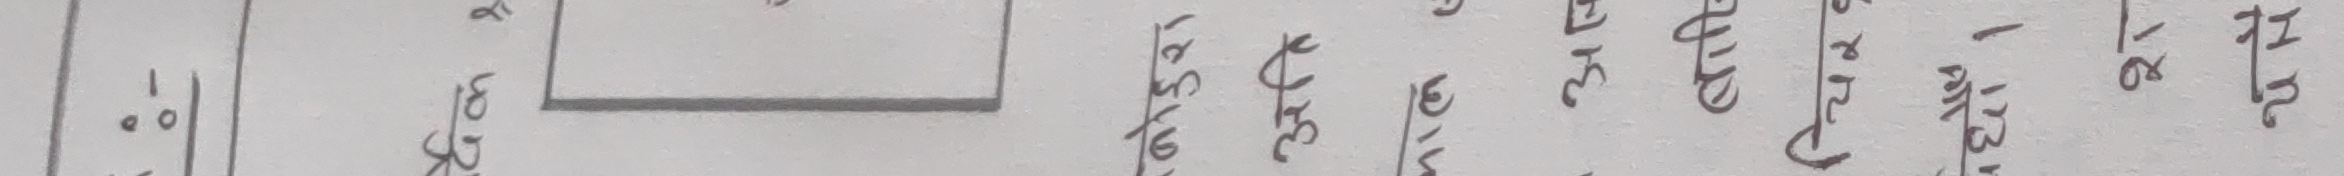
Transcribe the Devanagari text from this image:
०। अ खु ११ १३ १६ १८ १९ २२ ३० ३४ ३५ ४२